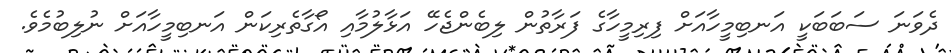
ދެވަނަ ސަބަބަކީ އަނބިމީހާއަށް ފިރިމީހާގެ ފަރާތުން ލިބެންޖެހޭ އަޅާލުމާއި އޯގާތެރިކަން އަނބިމީހާއަށް ނުލިބުމެވެ.